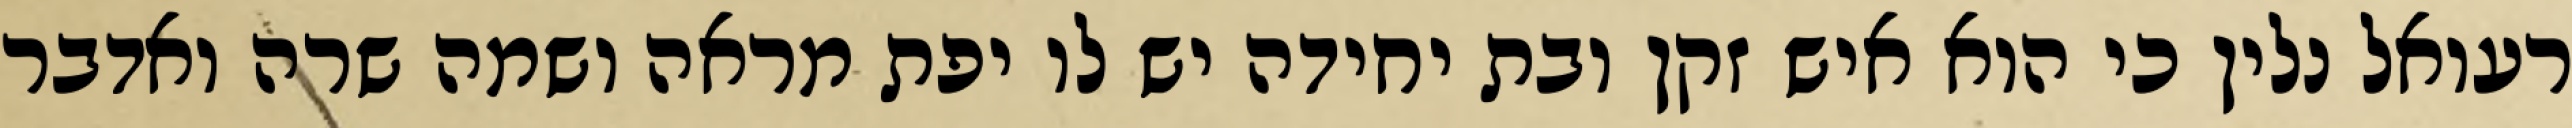
רעואל נלין כי הוא איש זקן ובת יחידה יש לו יפת מראה ושמה שרה ואדבר